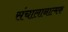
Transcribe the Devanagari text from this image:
संचालानात्मक